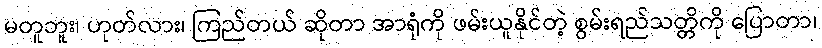
မတူဘူး၊ ဟုတ်လား၊ ကြည်တယ် ဆိုတာ အာရုံကို ဖမ်းယူနိုင်တဲ့ စွမ်းရည်သတ္တိကို ပြောတာ၊